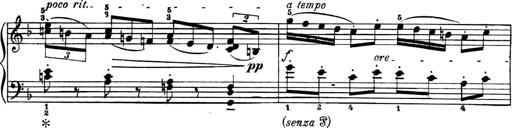
Title: 4 Sonatines
Composer: Max Reger